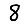
Digit: 8